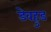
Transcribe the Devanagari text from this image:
डेवहुड